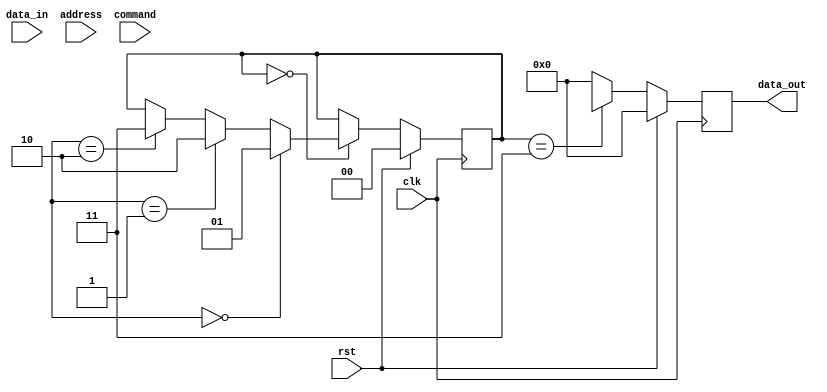
module DDR_SDRAM (
    input clk,
    input rst,
    input [15:0] data_in,
    input [11:0] address,
    input [1:0] command,
    output reg [15:0] data_out
);

// Input buffers
reg [15:0] data_in_reg;
reg [11:0] address_reg;
reg [1:0] command_reg;

// Data and address registers
reg [15:0] data_reg;
reg [11:0] address_reg;

// State machine states
parameter IDLE = 2'b00;
parameter PRECHARGE = 2'b01;
parameter ACTIVATE = 2'b10;
parameter READ = 2'b11;

// State machine
reg [1:0] state = IDLE;

// Control logic
always @ (posedge clk) begin
    if (rst) begin
        state <= IDLE;
    end else begin
        case (state)
            IDLE: begin
                if (command_reg == 2'b00) begin
                    state <= PRECHARGE;
                end else if (command_reg == 2'b01) begin
                    state <= ACTIVATE;
                end else if (command_reg == 2'b10) begin
                    state <= READ;
                end
            end
            PRECHARGE: begin
                // Precharge logic here
            end
            ACTIVATE: begin
                // Activate logic here
            end
            READ: begin
                // Read logic here
            end
        endcase
    end
end

// Output buffers
always @ (posedge clk) begin
    if (rst) begin
        data_out <= 0;
    end else begin
        case (state)
            READ: begin
                data_out <= data_reg;
            end
            default: begin
                data_out <= 0;
            end
        endcase
    end
end

endmodule